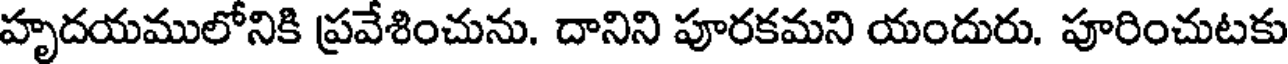
హృదయములోనికి ప్రవేశించును. దానిని పూరకమని యందురు. పూరించుటకు